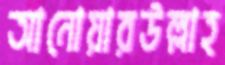
আনোয়ারউল্লাহ